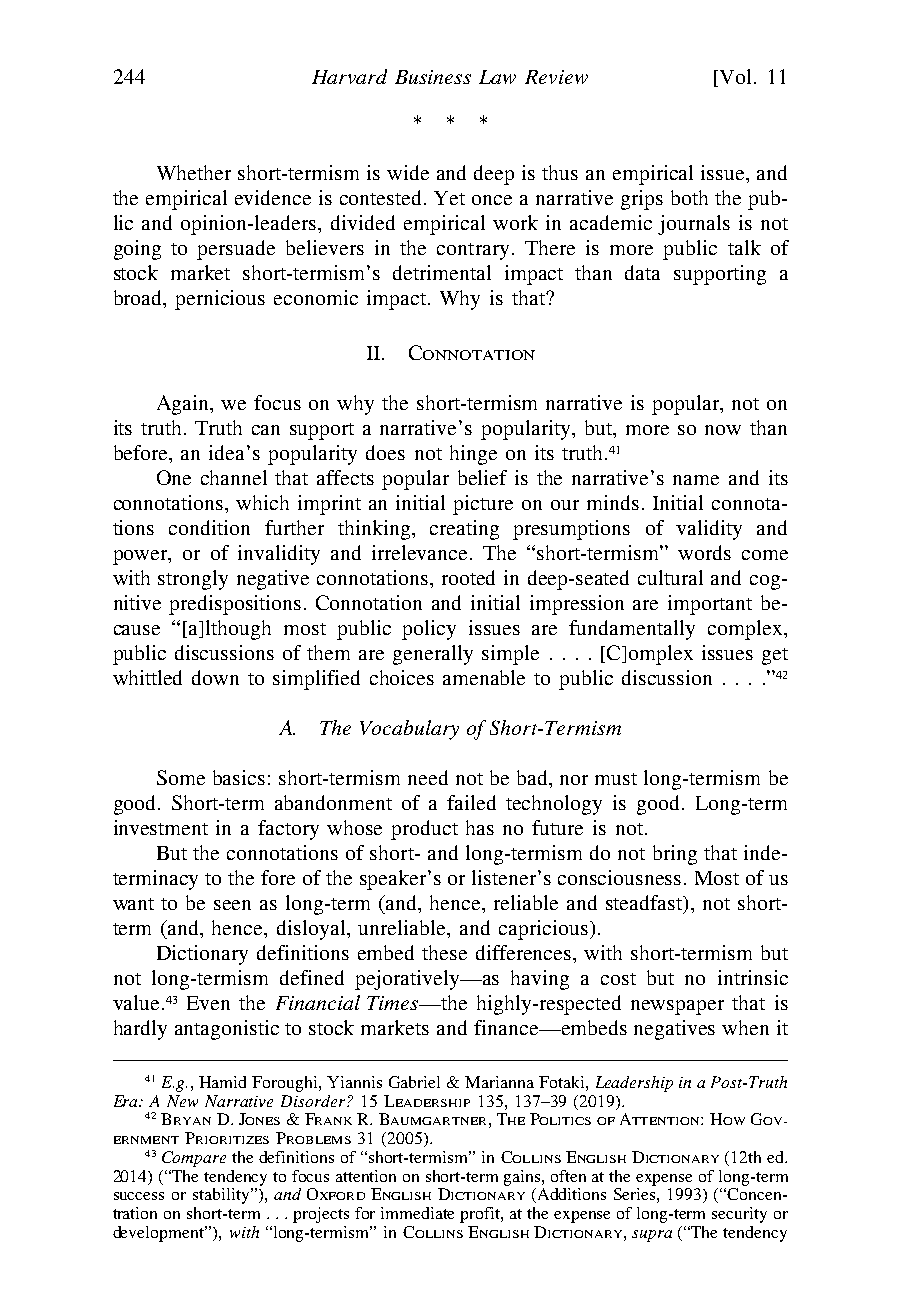
\\jciprod01\productn\H\HLB\11-2\HLB204.txt unknown Seq: 12 29-OCT-21 16:05
 244          Harvard Business Law Review [Vol. 11
 * * *
 Whether short-termism is wide and deep is thus an empirical issue, and
 the empirical evidence is contested. Yet once a narrative grips both the pub-
 lic and opinion-leaders, divided empirical work in academic journals is not
 going to persuade believers in the contrary. There is more public talk of
 stock market short-termism’s detrimental impact than data supporting a
 broad, pernicious economic impact. Why is that?
 II. C
 ONNOTATION
 Again, we focus on why the short-termism narrative is popular, not on
 its truth. Truth can support a narrative’s popularity, but, more so now than
 before, an idea’s popularity does not hinge on its truth.41
 One channel that affects popular belief is the narrative’s name and its
 connotations, which imprint an initial picture on our minds. Initial connota-
 tions condition further thinking, creating presumptions of validity and
 power, or of invalidity and irrelevance. The “short-termism” words come
 with strongly negative connotations, rooted in deep-seated cultural and cog-
 nitive predispositions. Connotation and initial impression are important be-
 cause “[a]lthough most public policy issues are fundamentally complex,
 public discussions of them are generally simple . . . . [C]omplex issues get
 whittled down to simplified choices amenable to public discussion . . . .”42
 A. The Vocabulary of Short-Termism
 Some basics: short-termism need not be bad, nor must long-termism be
 good. Short-term abandonment of a failed technology is good. Long-term
 investment in a factory whose product has no future is not.
 But the connotations of short- and long-termism do not bring that inde-
 terminacy to the fore of the speaker’s or listener’s consciousness. Most of us
 want to be seen as long-term (and, hence, reliable and steadfast), not short-
 term (and, hence, disloyal, unreliable, and capricious).
 Dictionary definitions embed these differences, with short-termism but
 not long-termism defined pejoratively—as having a cost but no intrinsic
 value.43 Even the Financial Times—the highly-respected newspaper that is
 hardly antagonistic to stock markets and finance—embeds negatives when it
 41E.g., Hamid Foroughi, Yiannis Gabriel & Marianna Fotaki, Leadership in a Post-Truth
 Era: A New Narrative Disorder? 15 LEADERSHIP135, 137–39 (2019).
 42BRYAN D. JONES & FRANK R. BAUMGARTNER, THE POLITICSOF ATTENTION: HOW GOV-
 ERNMENT PRIORITIZES PROBLEMS 31 (2005).
 43Compare the definitions of “short-termism” in COLLINS ENGLISH DICTIONARY (12th ed.
 2014) (“The tendency to focus attention on short-term gains, often at the expense of long-term
 success or stability”), andOXFORDENGLISHDICTIONARY (Additions Series, 1993) (“Concen-
 tration on short-term . . . projects for immediate profit, at the expense of long-term security or
 development”), with “long-termism” in COLLINS ENGLISH DICTIONARY, supra (“The tendency